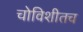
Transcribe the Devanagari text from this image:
चोविशीतच